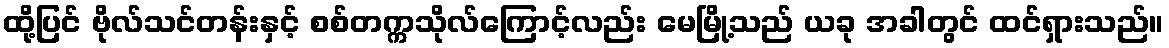
ထို့ပြင် ဗိုလ်သင်တန်းနှင့် စစ်တက္ကသိုလ်ကြောင့်လည်း မေမြို့သည် ယခု အခါတွင် ထင်ရှားသည်။